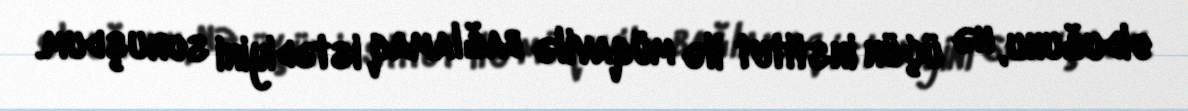
olduğunu, nə üçün institut ilə müqavilə bağlamaq istədiyini soruşdum.